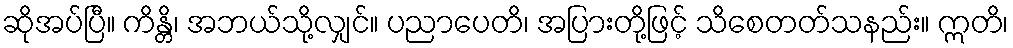
ဆိုအပ်ပြီ။ ကိန္တိ၊ အဘယ်သို့လျှင်။ ပညာပေတိ၊ အပြားတို့ဖြင့် သိစေတတ်သနည်း။ ဣတိ၊